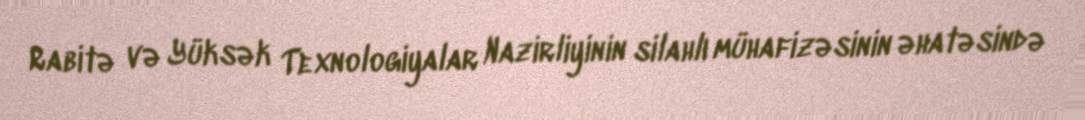
Rabitə və Yüksək Texnologiyalar Nazirliyinin silahlı mühafizəsinin əhatəsində